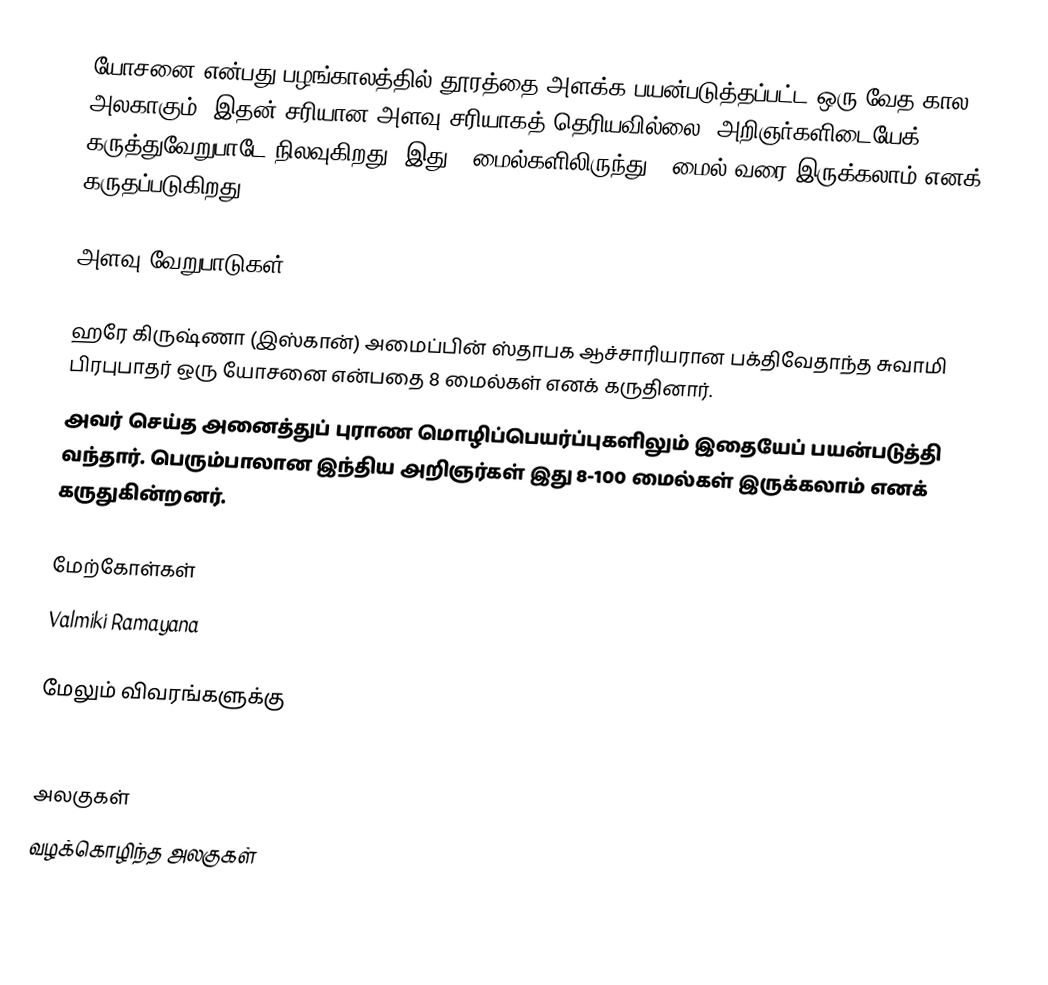
யோசனை என்பது பழங்காலத்தில் தூரத்தை அளக்க பயன்படுத்தப்பட்ட ஒரு வேத கால அலகாகும். இதன் சரியான அளவு சரியாகத் தெரியவில்லை. அறிஞர்களிடையேக் கருத்துவேறுபாடே நிலவுகிறது. இது 4 மைல்களிலிருந்து 9 மைல் வரை இருக்கலாம் எனக் கருதப்படுகிறது.

அளவு வேறுபாடுகள்

ஹரே கிருஷ்ணா (இஸ்கான்) அமைப்பின் ஸ்தாபக ஆச்சாரியரான பக்திவேதாந்த சுவாமி பிரபுபாதர் ஒரு யோசனை என்பதை 8 மைல்கள் எனக் கருதினார்.
 அவர் செய்த அனைத்துப் புராண மொழிப்பெயர்ப்புகளிலும் இதையேப் பயன்படுத்தி வந்தார். பெரும்பாலான இந்திய அறிஞர்கள் இது 8-100 மைல்கள் இருக்கலாம் எனக் கருதுகின்றனர்.

மேற்கோள்கள்
Valmiki Ramayana

மேலும் விவரங்களுக்கு
The Artha Shaastra of Kautilya, Penguin Books

அலகுகள்
வழக்கொழிந்த அலகுகள்